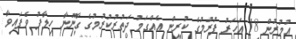
އުމުރުން 18 އަހަރު ފުރުމުގެ ކުރިން އެއްގަމު ދަތުރުކުރުމުގެ ގާނޫނާ ހިލާފު ވެފައިވާ